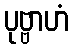
ပုဗ္ဗာဟံ